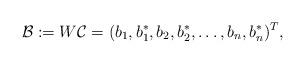
LaTeX: \begin{align*}\mathcal{B}:=W\mathcal{C}=(b_1,b_1^*,b_2,b_2^*,\ldots,b_n,b_n^*)^T,\end{align*}